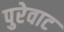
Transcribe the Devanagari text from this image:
पुरेवाट